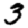
Digit: 3